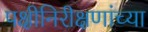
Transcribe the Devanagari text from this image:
पक्षीनिरीक्षणांच्या